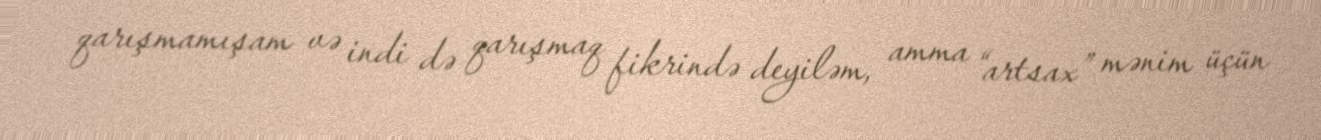
qarışmamışam və indi də qarışmaq fikrində deyiləm, amma “artsax” mənim üçün